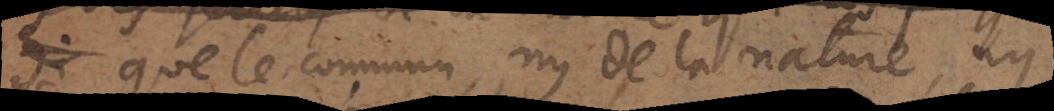
si que le commun, ny de la nature, ny